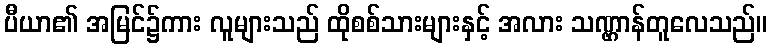
ပီယာ၏ အမြင်၌ကား လူများသည် ထိုစစ်သားများနှင့် အလား သဏ္ဌာန်တူလေသည်။